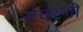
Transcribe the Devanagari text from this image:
संचरणी